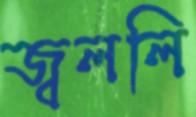
জ্বললি